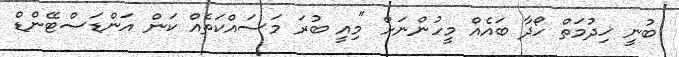
ބުނީ ޚިދުމަތް ހޯދާ ބައެއް މީހުންނަށް "މިއީ ބުރަ މަސައްކަތެއް ކަން އަންޑަސްޓޭންޑް